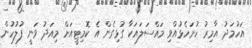
އަހުމަދު އާމިރު ހުށަހެޅުއްވި މައްސަލައަކާ ގުޅިގެން އެ ކޮމިޓީއަށް މިއަދު ވަނީ ފުލުހުން